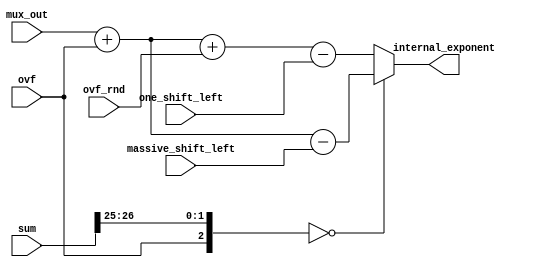
module Exponent_Update_1 (ovf , ovf_rnd , one_shift_left , sum , mux_out , massive_shift_left , internal_exponent);
input ovf;
input ovf_rnd;
input one_shift_left;
input [26:0]sum;
input [7:0]mux_out;
input [4:0]massive_shift_left;
output reg [9:0]internal_exponent;
//internal signals
wire [2:0]most_bits_of_adder_out;
//assignment
assign most_bits_of_adder_out = {ovf , sum[26] , sum[25]};
always@(*)
begin
    if(most_bits_of_adder_out == 3'b 000)//left path is chosen
		begin
			internal_exponent = mux_out + ovf - massive_shift_left;
		end
	else
		begin
			internal_exponent = mux_out + ovf + ovf_rnd - one_shift_left;
		end
end
endmodule